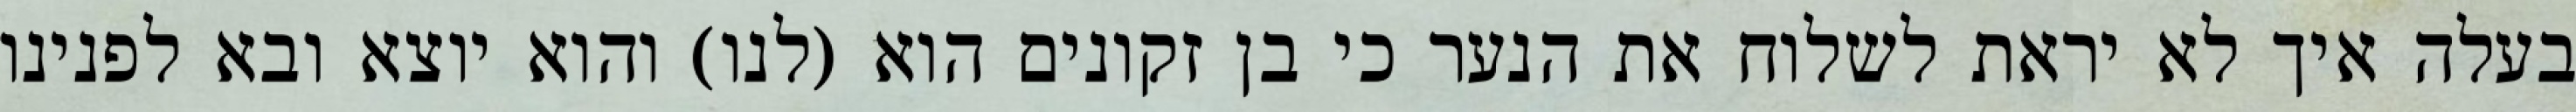
בעלה איך לא יראת לשלוח את הנער כי בן זקונים הוא (לנו) והוא יוצא ובא לפנינו